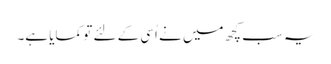
یہ سب کچھ میں نے اُسی کے لئے تو کمایا ہے۔